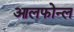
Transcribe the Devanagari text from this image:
आलफोन्ल